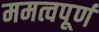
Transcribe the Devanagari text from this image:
ममत्वपूर्ण